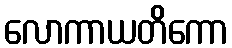
လောကာယတိကော